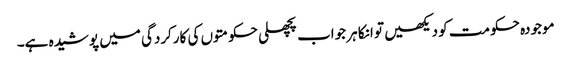
موجودہ حکومت کو دیکھیں تو انکا ہر جواب پچھلی حکومتوں کی کارکردگی میں پوشیدہ ہے۔